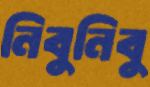
নিবুনিবু